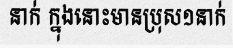
នាក់ ក្នុងនោះមានប្រុស១នាក់